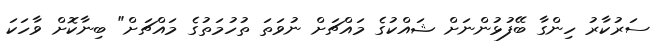
ސަރުކާރު ހިންގާ ބޭފުޅުންނަަށް ޝައްކުގެ މައްޗަށް ނުވަތަ ތުހުމަތުގެ މައްޗަށް" ބިނާކޮށް ވާހަކަ